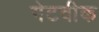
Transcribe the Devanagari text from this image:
गेटवीक